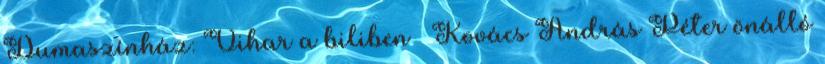
Dumaszínház: Vihar a biliben – Kovács András Péter önálló